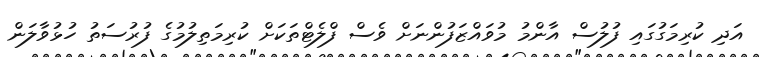
އަދި ކުރިމަގުގައި ފުލުސް އާންމު މުވައްޒަފުންނަށް ވެސް ފްލެޓްތަކަށް ކުރިމަތިލުމުގެ ފުރުސަތު ހުޅުވާލަން